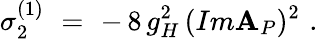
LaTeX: \sigma_{2}^{(1)}\, \, =\, \, -\, 8\, g_{H}^{2}\, (Im\mathbf{A}_{P})^{2}\, \, .